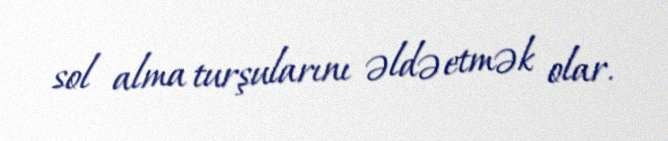
sol alma turşularını əldə etmək olar.